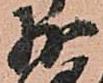
少